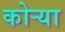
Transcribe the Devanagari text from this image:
कोऱ्‍या